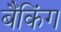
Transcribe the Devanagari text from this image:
बैँकिंग